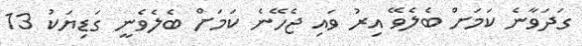
ގަދަވާނެ ކަމަށް ބެލެވޭ އިރު ވައި ޖެހޭނެ ކަމަށް ބެލެވެނީ ގަޑިޔަކު 13